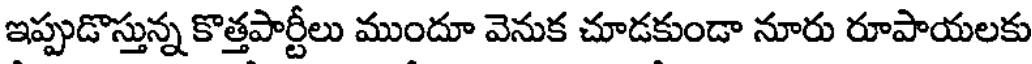
ఇప్పుడొస్తున్న కొత్తపార్టీలు ముందూ వెనుక చూడకుండా నూరు రూపాయలకు